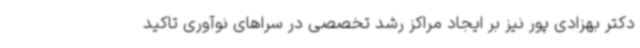
دکتر بهزادی پور نیز بر ایجاد مراکز رشد تخصصی در سراهای نوآوری تاکید